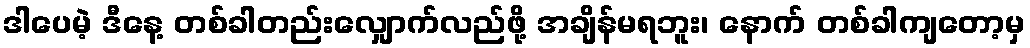
ဒါပေမဲ့ ဒီနေ့ တစ်ခါတည်းလျှောက်လည်ဖို့ အချိန်မရဘူး၊ နောက် တစ်ခါကျတော့မှ